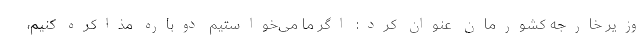
وزیر خارجه کشورمان عنوان کرد: اگر ما می‌خواستیم دوباره مذاکره کنیم،